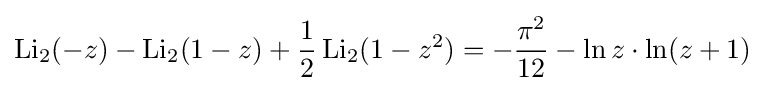
\operatorname {Li} _{2}(-z)-\operatorname {Li} _{2}(1-z)+{\frac {1}{2}}\operatorname {Li} _{2}(1-z^{2})=-{\frac {{\pi }^{2}}{12}}-\ln z\cdot \ln(z+1)